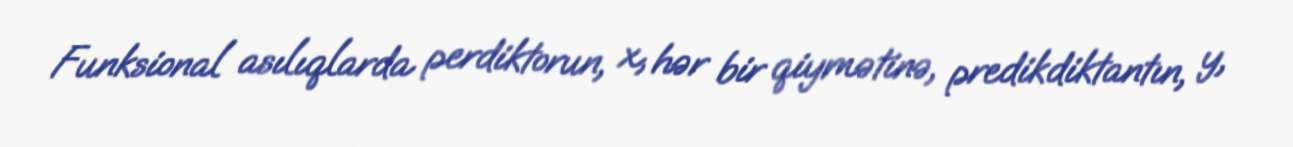
Funksional asılıqlarda perdiktorun, x, hər bir qiymətinə, predikdiktantın, y,